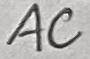
Text: AC